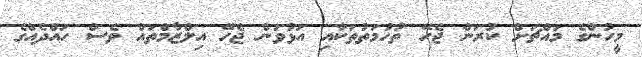
މީހުންގެ މައްޗަށް ކުރަން ޖެހޭ ތުހުމަތުތަކާއި އަޅުވަން ޖެހޭ އިލްޒާމްތައް ވެސް ހައްދެއްގެ